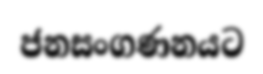
ජනසංගණනයට